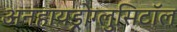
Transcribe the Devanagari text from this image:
अनहायड्रोग्लुसिटॉल